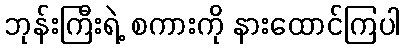
ဘုန်းကြီးရဲ့ စကားကို နားထောင်ကြပါ